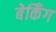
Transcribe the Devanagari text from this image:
बेकिँग